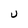
Character: U